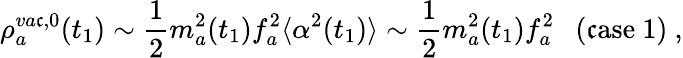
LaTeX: \rho_{a}^{va\mathfrak{c},0}(t_{1})\sim{\frac{{1}}{{2}}}m_{a}^{2}(t_{1})f_{a}^{2}\langle\alpha^{2}(t_{1})\rangle\sim{\frac{{1}}{{2}}}m_{a}^{2}(t_{1})f_{a}^{2}~~~\mathrm{{(\mathfrak{c}ase~1)}}\ ,